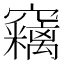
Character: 𱷠